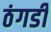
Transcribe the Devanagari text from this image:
ठंगडी